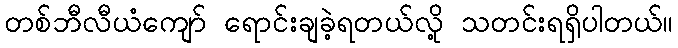
တစ်ဘီလီယံကျော် ရောင်းချခဲ့ရတယ်လို့ သတင်းရရှိပါတယ်။